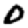
Digit: 0